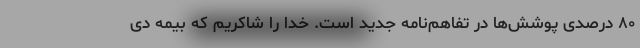
۸۰ درصدی پوشش‌ها در تفاهم‌نامه جدید است. خدا را شاکریم که بیمه دی